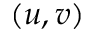
( u , v )